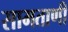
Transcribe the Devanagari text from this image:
सामताणी